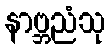
နာဗ္ဘညံသု